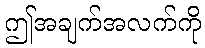
ဤအချက်အလက်ကို